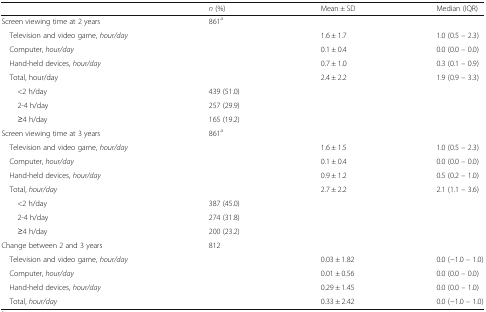
<table><thead><tr><td></td><td><b><i>n</i> (%)</b></td><td><b>Mean ± SD</b></td><td><b>Median (IQR)</b></td></tr></thead><tbody><tr><td>Screen viewing time at 2 years</td><td>861<sup>a</sup></td><td></td><td></td></tr><tr><td> Television and video game, <i>hour/day</i></td><td></td><td>1.6 ± 1.7</td><td>1.0 (0.5 – 2.3)</td></tr><tr><td> Computer, <i>hour/day</i></td><td></td><td>0.1 ± 0.4</td><td>0.0 (0.0 – 0.0)</td></tr><tr><td> Hand-held devices, <i>hour/day</i></td><td></td><td>0.7 ± 1.0</td><td>0.3 (0.1 – 0.9)</td></tr><tr><td> Total, hour/day</td><td></td><td>2.4 ± 2.2</td><td>1.9 (0.9 – 3.3)</td></tr><tr><td>&lt;2 h/day</td><td>439 (51.0)</td><td></td><td></td></tr><tr><td>2-4 h/day</td><td>257 (29.9)</td><td></td><td></td></tr><tr><td>≥4 h/day</td><td>165 (19.2)</td><td></td><td></td></tr><tr><td>Screen viewing time at 3 years</td><td>861<sup>a</sup></td><td></td><td></td></tr><tr><td> Television and video game, <i>hour/day</i></td><td></td><td>1.6 ± 1.5</td><td>1.0 (0.5 – 2.3)</td></tr><tr><td> Computer, <i>hour/day</i></td><td></td><td>0.1 ± 0.4</td><td>0.0 (0.0 – 0.0)</td></tr><tr><td> Hand-held devices, <i>hour/day</i></td><td></td><td>0.9 ± 1.2</td><td>0.5 (0.2 – 1.0)</td></tr><tr><td> Total, <i>hour/day</i></td><td></td><td>2.7 ± 2.2</td><td>2.1 (1.1 – 3.6)</td></tr><tr><td>&lt;2 h/day</td><td>387 (45.0)</td><td></td><td></td></tr><tr><td>2-4 h/day</td><td>274 (31.8)</td><td></td><td></td></tr><tr><td>≥4 h/day</td><td>200 (23.2)</td><td></td><td></td></tr><tr><td>Change between 2 and 3 years</td><td>812</td><td></td><td></td></tr><tr><td> Television and video game, <i>hour/day</i></td><td></td><td>0.03 ± 1.82</td><td>0.0 (−1.0 – 1.0)</td></tr><tr><td> Computer, <i>hour/day</i></td><td></td><td>0.01 ± 0.56</td><td>0.0 (0.0 – 0.0)</td></tr><tr><td> Hand-held devices, <i>hour/day</i></td><td></td><td>0.29 ± 1.45</td><td>0.0 (0.0 – 1.0)</td></tr><tr><td> Total, <i>hour/day</i></td><td></td><td>0.33 ± 2.42</td><td>0.0 (−1.0 – 1.0)</td></tr></tbody></table>